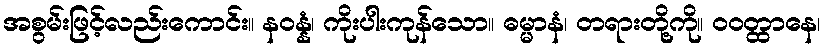
အစွမ်းဖြင့်လည်းကောင်း။ နဝန္နံ၊ ကိုးပါးကုန်သော။ ဓမ္မာနံ၊ တရားတို့ကို။ ဝဝတ္ထာနေ၊